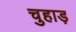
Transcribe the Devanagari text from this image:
चुहाड़